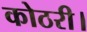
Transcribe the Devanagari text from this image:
कोठरी।